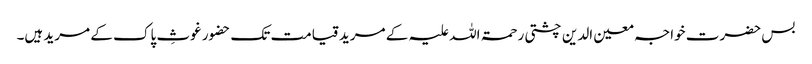
بس حضرت خواجہ معین الدین چشتی رحمۃ اللہ علیہ کے مرید قیامت تک حضور غوثِ پاک کے مرید ہیں۔